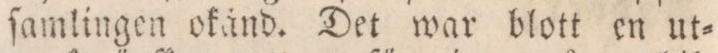
ſamlingen okänd. Det war blott en ut=